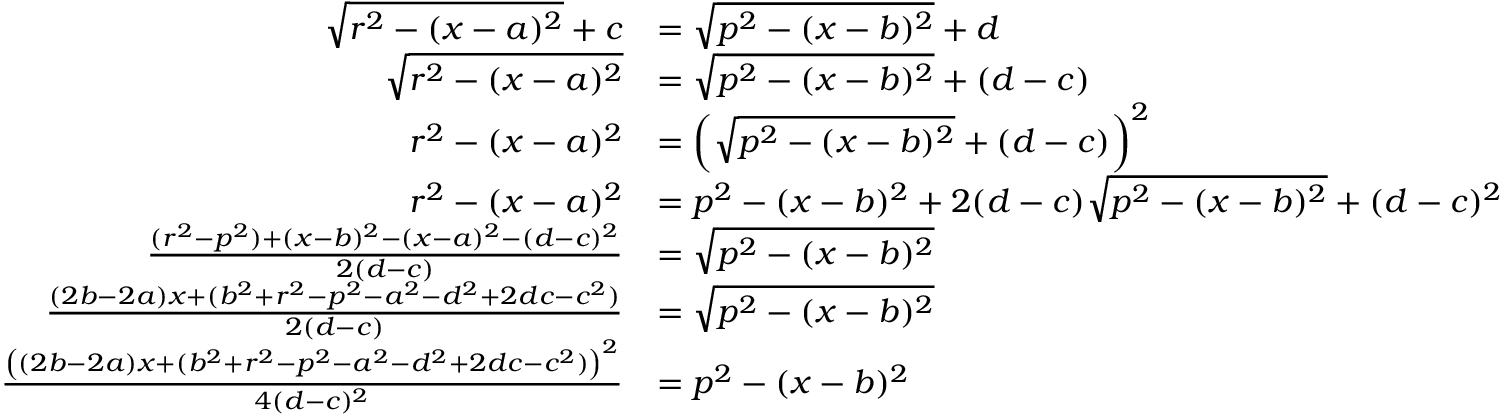
\begin{array} { r l } { \sqrt { r ^ { 2 } - ( x - a ) ^ { 2 } } + c } & { = \sqrt { p ^ { 2 } - ( x - b ) ^ { 2 } } + d } \\ { \sqrt { r ^ { 2 } - ( x - a ) ^ { 2 } } } & { = \sqrt { p ^ { 2 } - ( x - b ) ^ { 2 } } + ( d - c ) } \\ { r ^ { 2 } - ( x - a ) ^ { 2 } } & { = \left( \sqrt { p ^ { 2 } - ( x - b ) ^ { 2 } } + ( d - c ) \right) ^ { 2 } } \\ { r ^ { 2 } - ( x - a ) ^ { 2 } } & { = p ^ { 2 } - ( x - b ) ^ { 2 } + 2 ( d - c ) \sqrt { p ^ { 2 } - ( x - b ) ^ { 2 } } + ( d - c ) ^ { 2 } } \\ { \frac { ( r ^ { 2 } - p ^ { 2 } ) + ( x - b ) ^ { 2 } - ( x - a ) ^ { 2 } - ( d - c ) ^ { 2 } } { 2 ( d - c ) } } & { = \sqrt { p ^ { 2 } - ( x - b ) ^ { 2 } } } \\ { \frac { ( 2 b - 2 a ) x + ( b ^ { 2 } + r ^ { 2 } - p ^ { 2 } - a ^ { 2 } - d ^ { 2 } + 2 d c - c ^ { 2 } ) } { 2 ( d - c ) } } & { = \sqrt { p ^ { 2 } - ( x - b ) ^ { 2 } } } \\ { \frac { \left( ( 2 b - 2 a ) x + ( b ^ { 2 } + r ^ { 2 } - p ^ { 2 } - a ^ { 2 } - d ^ { 2 } + 2 d c - c ^ { 2 } ) \right) ^ { 2 } } { 4 ( d - c ) ^ { 2 } } } & { = p ^ { 2 } - ( x - b ) ^ { 2 } } \end{array}